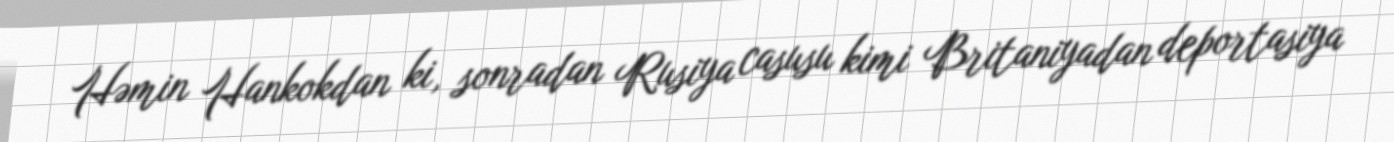
Həmin Hankokdan ki, sonradan Rusiya casusu kimi Britaniyadan deportasiya